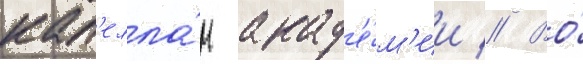
кап'елла́н акад'е́м'ии // Во́